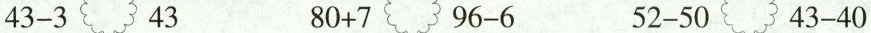
$$43-3 43$$ $$80+7 96-6$$ $$52-50 43-40$$